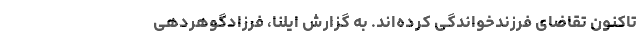
تاکنون تقاضای فرزندخواندگی کرده‌اند. به گزارش ایلنا، فرزادگوهردهی